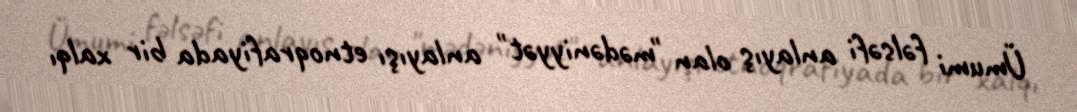
Ümumi fəlsəfi anlayış olan "mədəniyyət" anlayışı etnoqrafiyada bir xalqı